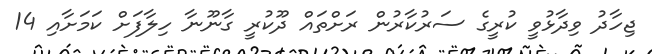
ޖިހާދު ވިދާޅުވީ ކުރީގެ ސަރުކާރުން ރަށްތައް ދޫކުރީ ގާނޫނާ ހިލާފަށް ކަމަށާއި 14